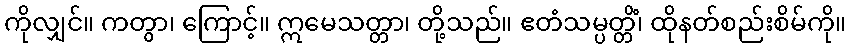
ကိုလျှင်။ ကတွာ၊ ကြောင့်။ ဣမေသတ္တာ၊ တို့သည်။ ဧတံသမ္ပတ္တိံ၊ ထိုနတ်စည်းစိမ်ကို။